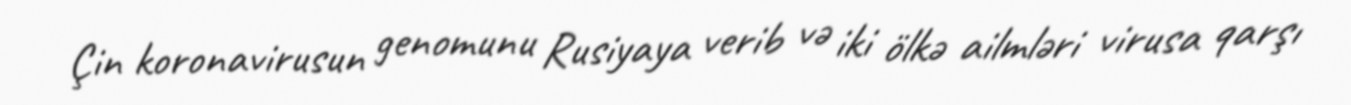
Çin koronavirusun genomunu Rusiyaya verib və iki ölkə ailmləri virusa qarşı